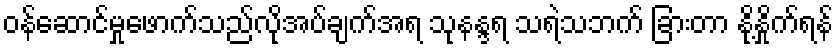
ဝန်ဆောင်မှုဖောက်သည်လိုအပ်ချက်အရ သုနန္ဒရ သရဲသဘက် ခြားတာ နို့နှိုက်ရန်